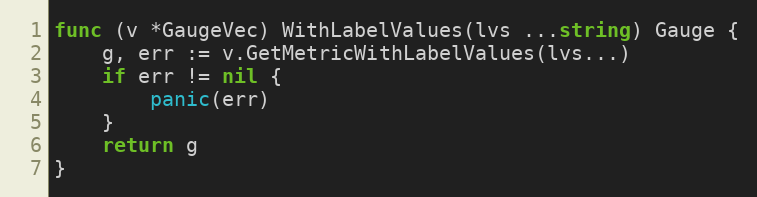
Language: Go
func (v *GaugeVec) WithLabelValues(lvs ...string) Gauge {
	g, err := v.GetMetricWithLabelValues(lvs...)
	if err != nil {
		panic(err)
	}
	return g
}